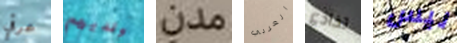
عرقي ولديهم مدن العربي تخادع ليس